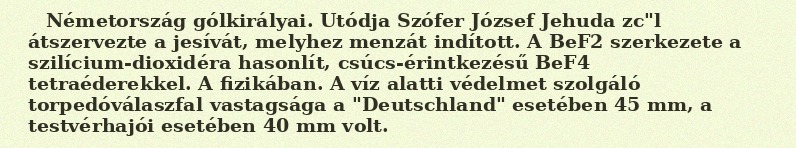
Németország gólkirályai. Utódja Szófer József Jehuda zc"l átszervezte a jesívát, melyhez menzát indított. A BeF2 szerkezete a szilícium-dioxidéra hasonlít, csúcs-érintkezésű BeF4 tetraéderekkel. A fizikában. A víz alatti védelmet szolgáló torpedóválaszfal vastagsága a "Deutschland" esetében 45 mm, a testvérhajói esetében 40 mm volt.